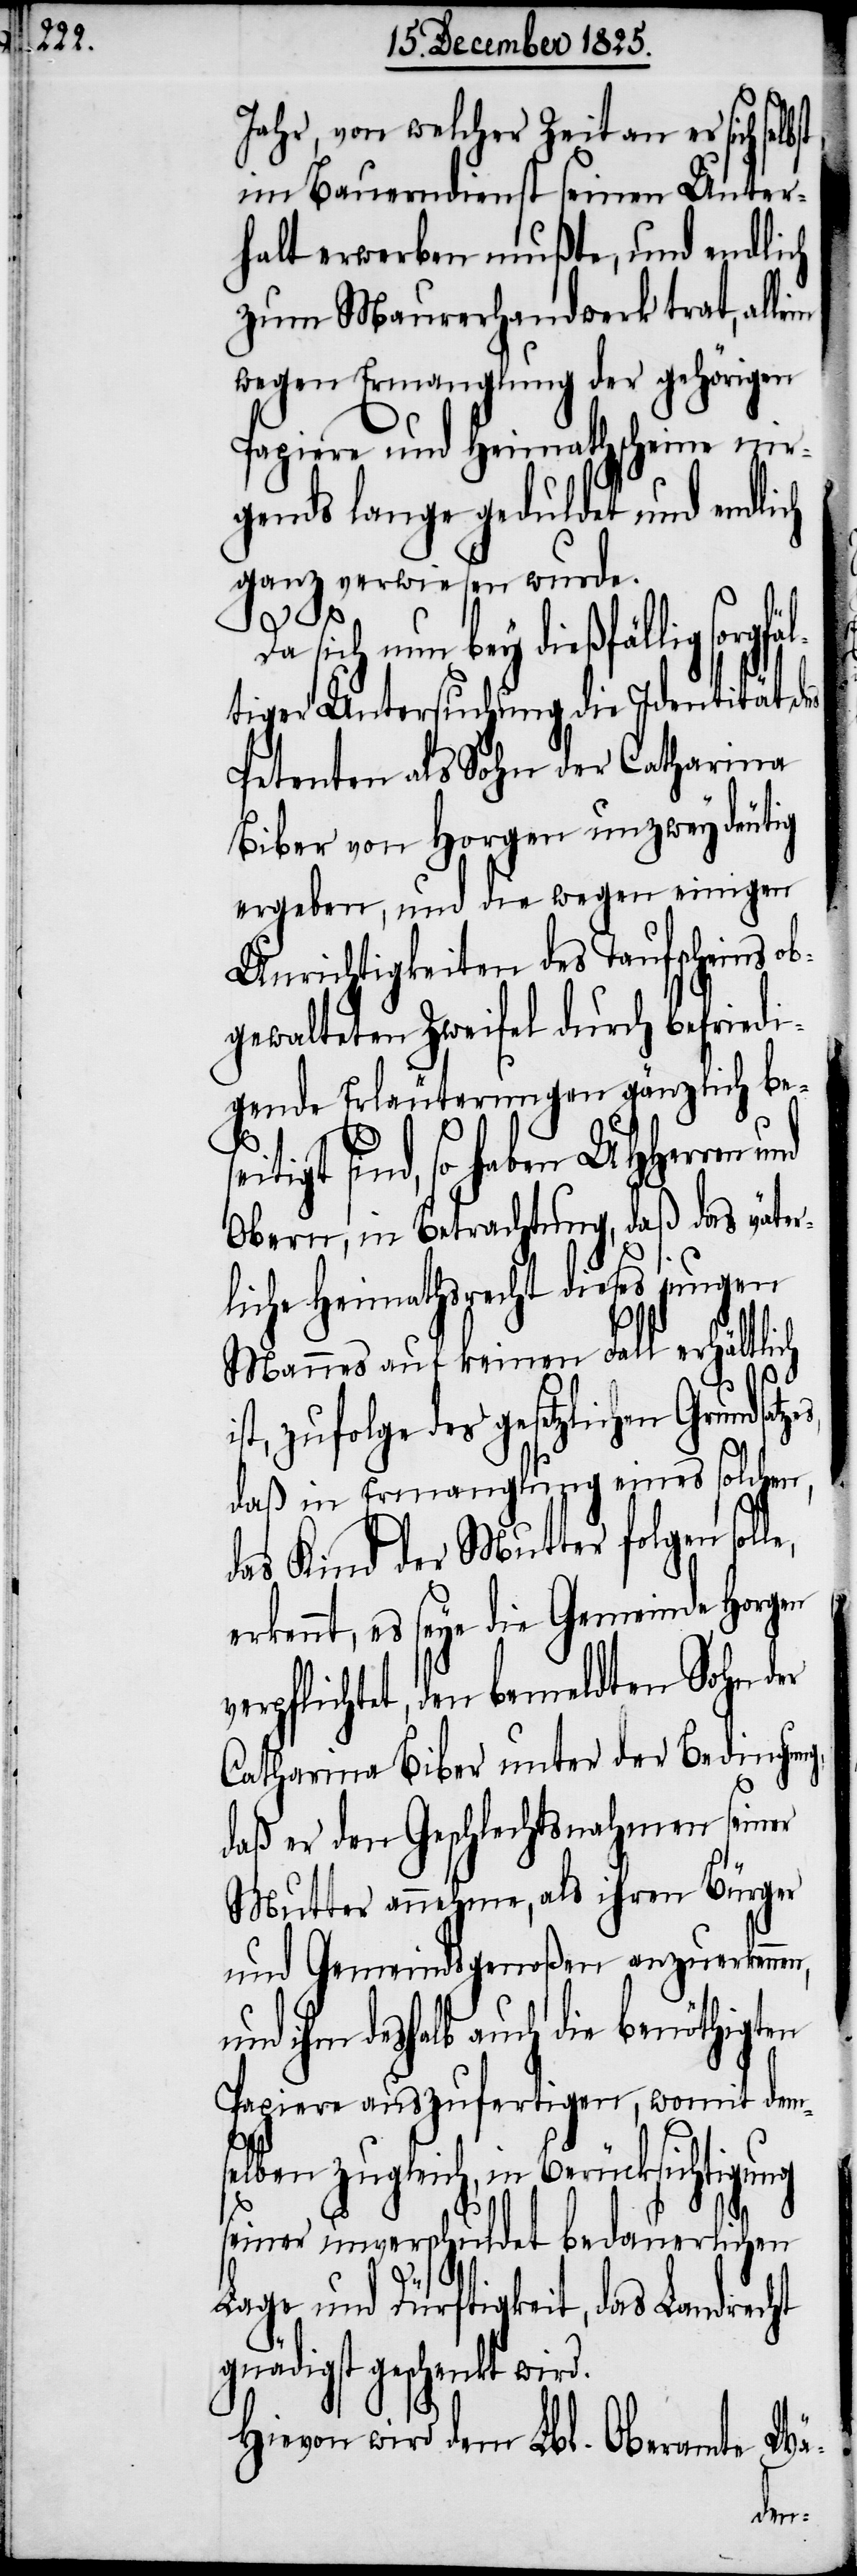
Jahr, von welcher Zeit an er sich
im Bauerndienst seinen Unter¬
halt erwerben mußte, und endlich
zum Maurerhandwerk trat, alle¬
wegen Ermanglung der gehörigen
Papiere und Heimathscheine nir¬
gends lange geduldet und endlich
ganz verwiesen wurde.
Da sich nun bey dießfällig sorgfä¬
ltiger Untersuchung die Identität des
Petenten als Sohn der Catharina
Biber von Horgen unzweydeutig
ergeben, und die wegen einigen
Unrichtigkeiten des Taufscheins ob¬
gewalteten Zweifel durch befriedi¬
gende Erläuterungen gänzlich be¬
tigt sind, so haben UHHerren
Obern, in Betrachtung, daß das väter¬
liche Heimathsrecht dieses jungen
Mannes auf keinen Fall erhältlich
zufolge des gesetzlichen Grunds¬
daß in Ermanglung eines solchen,
das Kind der Mutter folgen sol¬
erkennt, es seye die Gemeinde Horgen
verpflichtet, den bemeldten Sohn der
Catharina Biber unter der Bedingung,
daß er den Geschlechtsnahmen seiner
Mutter annehme, als ihren Bürger
und Gemeindsgenoßen anzuerkenn¬
und ihm deshalb auch die benöthigten
Papiere auszufertigen, womit dem¬
selben zugleich, in Berücksichtigung
seiner unverschuldet bedauerlichen
le,
Lage und Dürftigkeit, das Landrecht
gnädigst geschenkt wird.
Hievon wird dem Lbl. Oberamte
Wä-
en,